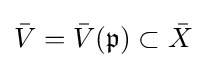
{\bar {V}}={\bar {V}}({\mathfrak {p}})\subset {\bar {X}}